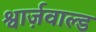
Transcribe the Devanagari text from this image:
श्वार्ज़वाल्ड